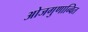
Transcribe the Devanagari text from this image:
ओजगुणान्वित